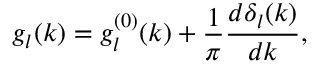
g _ { l } ( k ) = g _ { l } ^ { ( 0 ) } ( k ) + \frac { 1 } { \pi } \frac { d \delta _ { l } ( k ) } { d k } ,